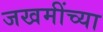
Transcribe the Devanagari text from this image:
जखमींच्या